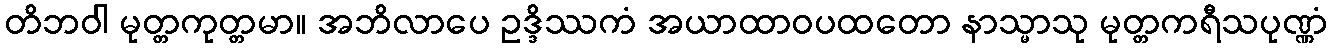
တိဘဝါ မုတ္တကုတ္တမာ။ အဘိလာပေ ဥဒ္ဒိဿကံ အယာထာဝပထတော နာသ္မာသု မုတ္တကရီသပုဏ္ဏံ